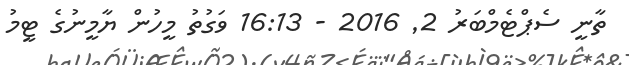
ތާނީ ސެޕްޓެމްބަރު 2